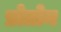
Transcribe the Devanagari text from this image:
प्रोतोन